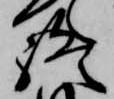
終